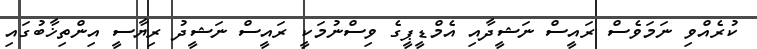
ކުރެއްވި ނަމަވެސް ރައީސް ނަޝީދާއި އެމްޑީޕީގެ ވިސްނުމަކީ ރައީސް ނަޝީދު ރިޔާސީ އިންތިޚާބުގައި